Cholera in India, 1862 to 1881
Year: 1862
Disease focus: Cholera
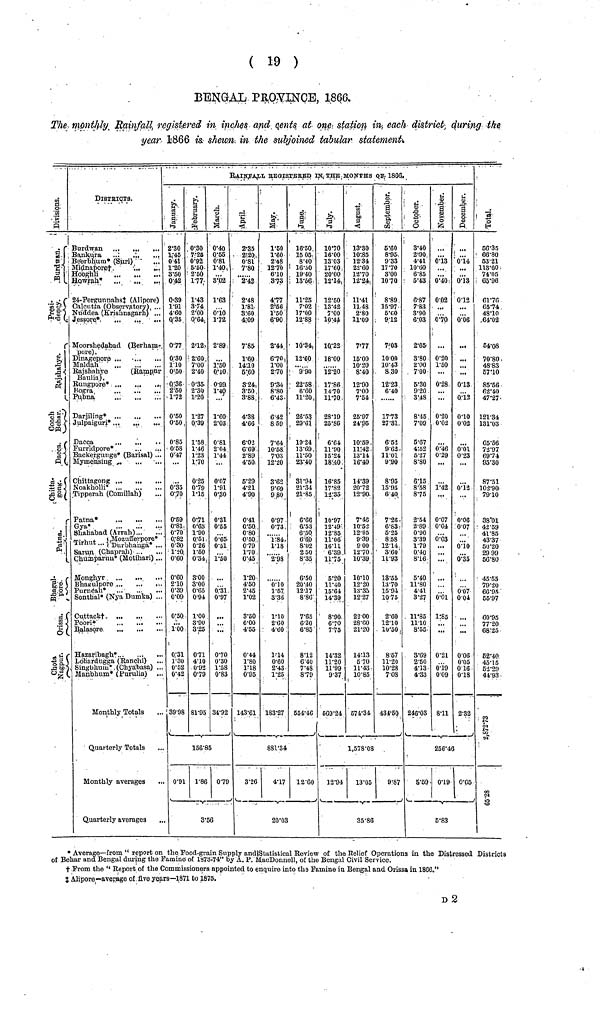
( 19 )
BENGAL PEOVINCE, 1866.
The monthly Rainfall registered in inches and cents at one station in each district duiring the
year 1866 is shewn in the subjoined tabular statement.
Divisions
Burdwan{
Presi. dency.{
Rajshaye.{
Cooch Behar.}
Dacca{
Chitta. gong.
Patna.{
Bhagul. pore.{
Orissa.{
Chota. Nagpur.{
DISTRICTS
Burdwan ...
Bankura
..:
Beerbhum* (Suri)
Midnapore†
Hooghli
Howrah*
24-Pergunnahs‡ (Alipore)
Calcutta (Observatory) ...
Nu'ddea (Krishnagarh) ...
Jessore*
...
...
..·
Moorshedabad (Berham-
pore)
Dinsgepore ...
Maldah
Rajshnhye
(Rampnr
Baulia)
Ruugpore*
Kogra
Pubna
...
...
Darjiling*
Julpaiguri*
Dacca
Furridpore*
Backergunge* (Barisal) ...
Mymensing
Noakholli
Tipperah (Comillah)
Patna*
Gya*
Shahabad ( Arrah )
Tirhut
} Mozufferpore*
Tirhut ... { Durbhanga* ...
Sarun (Chaprah)
Chuaaparuu* (Motihari) ...
Monghyr
Bhagulpore
,
.,.
Purnéali*
Sonthal* (Nya Dumka) ...
Cuttack†
Poori*
Balasore
·
Hazaribagh*„
Lohardugga (Ranchi)
Singbhum* (Chyabasa) ..
Manbhum* (Purulia) ..
Monthly Totals
Quarterly Totals
Monthly averages
Quarterly averages
..
RAINFALL· REGISTERED IN THE MONTHS OF 1866.
Januwary.
2.30
1.45
0.41
1.20
3.50
0.42
0.39
1.91
4.60
0.35
0.77
0.30
1.10
0.50
0.36
2.50
1.72
0.50
0.50
0.85
0.58
0.47
0.35
0.70
0.59
0.81
0.70
0.82
0.30
1.0
0.60
0.60
2.10
0.39
0.09
0.50
1 00
0.31
1.30
0.52
0.42
39.98
Februwary.
0.30
7.25
0.92
5.50
2.50
1.77
1.43
3.74
2.00
0.64
2.12
2.60
2.40
0·35
2.30
1.20
1.27
0.39
1.58
1.46
1.23
1.70
0.25
0.79
1.15
0.71
0.63
1.90
0.51
0.26
1.50
0.34
3.00
3.00
0.65
0.94
1.00
3.90
3.25
0·71
4.10
0.92
0.79
81.95
March.
0·40
0.55
0.81
1.40
9.02
1'63
0.10
1.72
2.89
...
1.50
0.10
0.99
1.40
...
1.60
2.03
0.81
2.04
1.44
...
0.07
1.91
0.30
0.31
0.55
0.65
0.51
1.50
0.31
0.97
...
0.70
0.30
1.58
0.83
34.92
166.85
0.91
1.86 0.79
3.56
April.
2.35
2·20
0.81
7.80
2.42
2.48
1.81
8.60
4.09
7.85
1.60
14.10
5.60
3.24
3.50
3.88
4.38
4.66
6.02
6.69
2.89
4.50
5.29
4.21
4.90
0.41
0.50
0.80
0.50
0.79
1.70
0.45
1.20
4.50
2.45
1.02
3.50
6.00
4.55
0.44
1.80
1.18
0.95
143.61
May.
1.50
1.60
2.48
12.70
6.10
3.73
4.77
2.56
1.50
6.80
2.44
6.70
1.00
2.70
9.34
8.80
6.43
6.42
8 59
7.64
10.58
7.03
12.20
3.62
9.69
9 80
0.97
0.73
1.84
1.18
2.98
0.10
1.57
3.36
1.10
2.60
4.60
1.14
0.60
2.43
1.25
183.27
June.
16.50
15 05
8.40
16.50
19.40
13.56
11.25
7.02
17.00
12.88
10.34
12·60
9.90
22.58
6.60
11.20
26.53
29.61
19.24
13.69
11.50
23.40
31.94
21.34
21.85
6.66
6.53
6.50
6.60
8.02
2 50
8.35
6.50
20.40
12.17
8.86
7.65
6.20
6.85
8.12
6 .40
7.48
8.79
554.46
881.34
3.26
4.17 12.60
20.03
July.
10.70
16.00
13.03
17.60
20.00
12.14
12.50
13.42
7.00
10.44
10.22
18.00
12.20
17.86
14.70
11. 70
28.19
25.86
6.64
11.90
15.24
18.40
16.85
17.82
12.35
10.97
12.49
12.85
11.06
16.11
6.39
11.75
5.20
11.40
15.61
14.39
8.90
6.70
7.75
14.32
11.20
11.99
9.37
569.24
August.
13.30
10.85
12.34
22.60
12.70
12.24
11.41
11.48
2.80
11.09
7.77
15.00
10.20
8.40
12.90
7.00
7.54
25.97
24.90
10.59
11.42
13.14
16.40
14.39
20.72
12.90
7.46
10.52
12.95
9.39
9 00
12.70
10.39
10.10
12.20
13.35
12.27
22 00
28.00
21.20
14.13
5 70
11.43
10.85
574.34
September.
5.60
8.95
9.33
17.70
3.00
10.70
8.89
15.97
5.00
9.12
7.03
10.00
10.43
8 30
12.23
6.40
17.73
27.31
6.52
9.62
11.01
9.90
8.95
15.95
6 .40
7.26
6.83
5.25
8.58
12.14
3.60
11.93
13.55
13.70
15.94
10.75
2.60
12.10
10.50
8.57
11.20
10.28
7.08
434.50
1,578.08
12.94
13.05
9.87
35.80
October.
3.40
2.90
4.41
10.60
6.85
5.43
6.87
7.83
3.90
6.03
2.65
3.80
2.00
7.00
5.30
9.20
3.48
8.45
7.09
5.67
4.52
5.27
8.80
6.15
8.58
8.75
2.54
2.89
0.90
3.39
1.79
0.40
8.16
5.40
11.80
4.41
3.27
11.85
11.10
8.55
3.69
2.60
4.13
4.33
246.03
November.
0.13
...
...
0.40
0.02
0.70
0.20
1.50
0.28
...
0.20
0.02
0.46
0.29
...
1.42
...
0.07
0.04
0.03
..·
...
0.01
1.85
...
...
0.21
0.19
0.09
8.11
December.
...
0.14
...
0.13
0.12
0.06
...
...
...
0.13
0.12
0.10
0.02
0.01
0.23
0.12
...
0.06
0.07
0.10
0.35
0.07
0.04
...
0.06
0.05
0.16
0.18
2.32
256.46
5.59
0.19 0.05
5.83
Total.
56.35
66.80
53.21
113.60
74.05
65.96
61.76
65.74
48.10
64.02
54.08
70.80
48.83
67.10
85.56
62.40
47.27
121.34
131.03
65.56
72.97
69.74
95.30
87.51
102.90
79.10
38.01
42.59
41.85
43.37
50.20
29 99
56.80
45.55
79.20
66.95
55.97
60.95
77.20
68.25
52.40
45. 15
53.29
44.93
2,872.73
065.28
* Average—from " report on the Food-grain Supply andlStutistical Review of the Relief Operations in the Distressed Districts
of Behar and Bengal during the Famine of 1873-74" by A. P. MacDonnell, of the Bengal Civil Service.
† From the " Report of the Commissioners appointed to enquire into the Famine in Bengal and Orissa in 1860."
‡ Alipore—average of five years—1871 to 1875.
D2